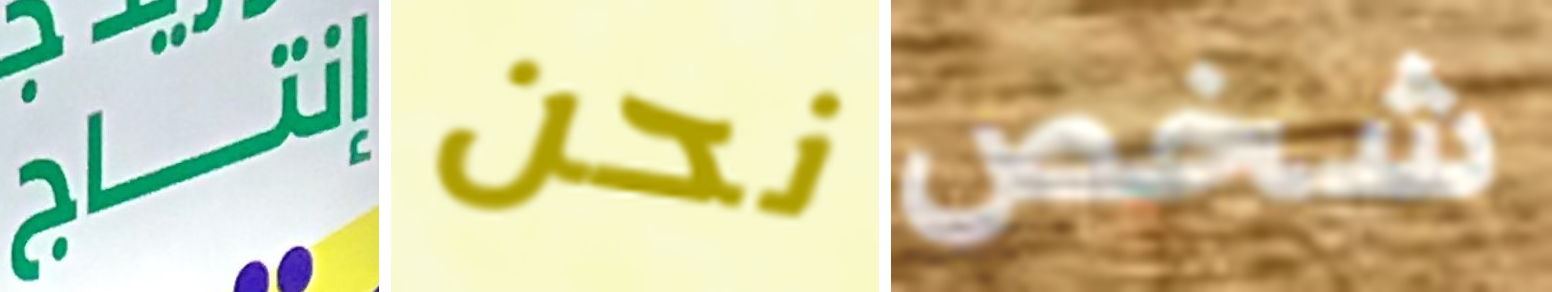
إنتاج نحن شخص